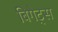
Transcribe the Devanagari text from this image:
बिगेट्स